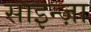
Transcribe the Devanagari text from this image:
साइन्ज़ा